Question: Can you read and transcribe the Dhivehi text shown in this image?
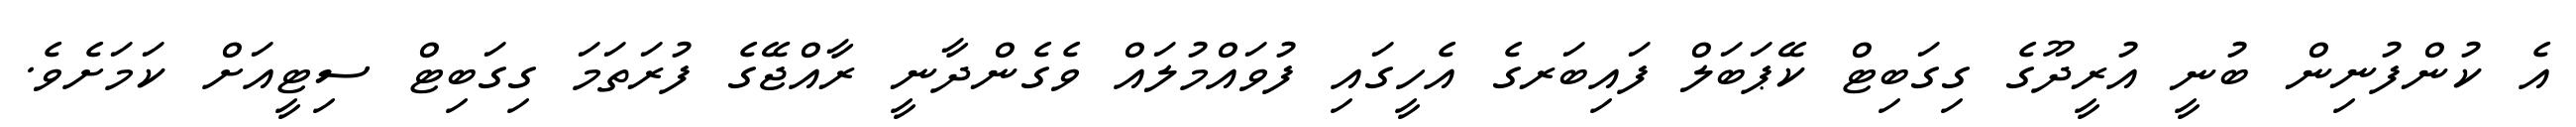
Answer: އެ ކުންފުނިން ބުނީ އުރީދޫގެ ގިގަބިޓް ކޭޕަބަލް ފައިބަރގެ އެހީގައި ފުވައްމުލައް ވެގެންދާނީ ރާއްޖޭގެ ފުރަތަމަ ގިގަބިޓް ސިޓީއަށް ކަމަށެވެ.